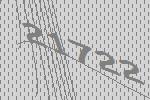
21722